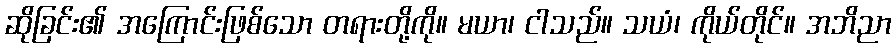
ဆိုခြင်း၏ အကြောင်းဖြစ်သော တရားတို့ကို။ မယာ၊ ငါသည်။ သယံ၊ ကိုယ်တိုင်။ အဘိညာ